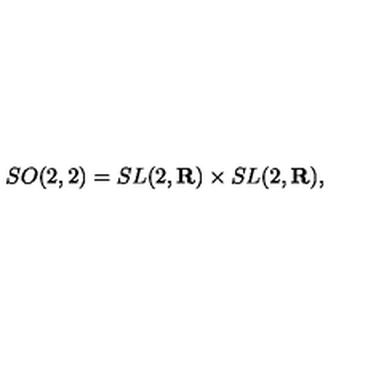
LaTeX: S O ( 2 , 2 ) = S L ( 2 , { \bf R } ) \times S L ( 2 , { \bf R } ) ,